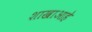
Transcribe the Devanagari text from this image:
शाखाआहे